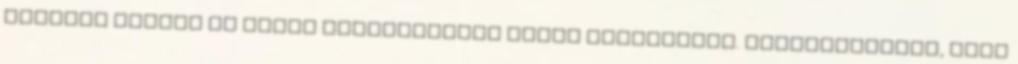
legtöbb laikus az autós felelősségét kezdi feszegetni. Hangsúlyozzuk, hogy